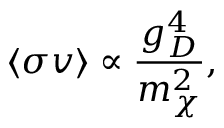
\langle \sigma v \rangle \propto \frac { g _ { D } ^ { 4 } } { m _ { \chi } ^ { 2 } } ,